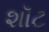
શૉટ